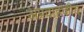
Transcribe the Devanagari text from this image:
अप्रवाहकीय